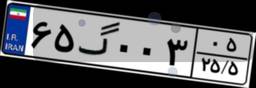
۶۵گ۰۰۳۰۵